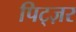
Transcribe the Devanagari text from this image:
पिट्ज़र